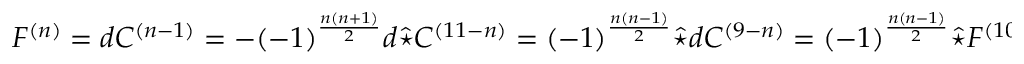
F ^ { ( n ) } = d C ^ { ( n - 1 ) } = - ( - 1 ) ^ { \frac { n ( n + 1 ) } { 2 } } d \hat { \star } C ^ { ( 1 1 - n ) } = ( - 1 ) ^ { \frac { n ( n - 1 ) } { 2 } } \hat { \star } d C ^ { ( 9 - n ) } = ( - 1 ) ^ { \frac { n ( n - 1 ) } { 2 } } \hat { \star } F ^ { ( 1 0 - n ) } ,